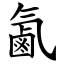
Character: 㲶